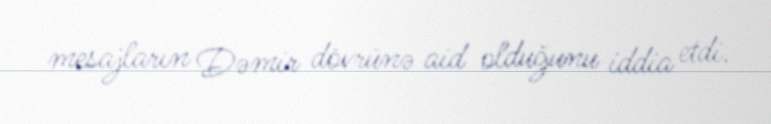
mesajların Dəmir dövrünə aid olduğunu iddia etdi.